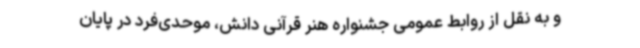
و به نقل از روابط عمومی جشنواره هنر قرآنی دانش، موحدی‌فرد در پایان